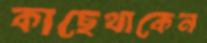
কাছেথাকেন